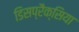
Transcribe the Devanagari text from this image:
डिसप्रैक्सिया